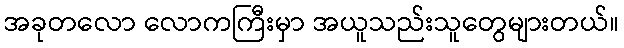
အခုတလော လောကကြီးမှာ အယူသည်းသူတွေများတယ်။